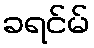
ခရင်မ်